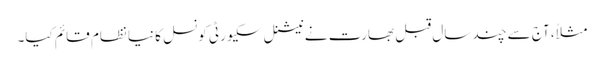
مثلاً، آج سے چند سال قبل بھارت نے نیشنل سکیورٹی کونسل کا نیا نظام قائم کیا۔